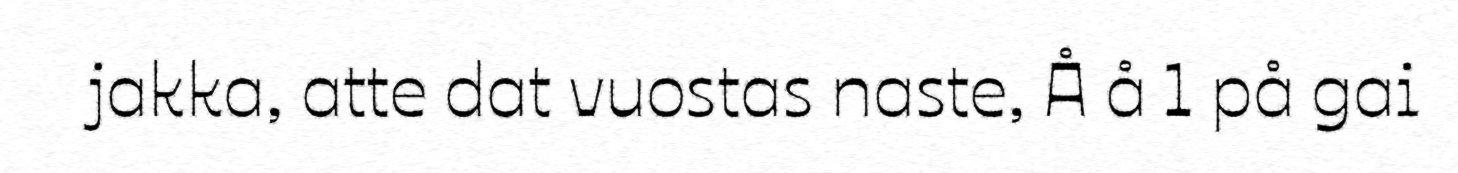
jakka, atte dat vuostas naste, Å å 1 på gai